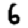
Digit: 6